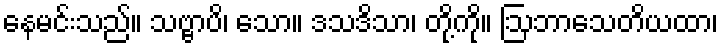
နေမင်းသည်။ သဗ္ဗာပိ၊ သော။ ဒသဒိသာ၊ တို့ကို။ ဩဘာသေတိယထာ၊